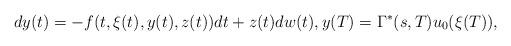
LaTeX: \begin{align*}dy(t)= -f(t,\xi(t),y(t),z(t))dt+z(t)dw(t),y(T)=\Gamma^*(s,T)u_0(\xi(T)),\end{align*}